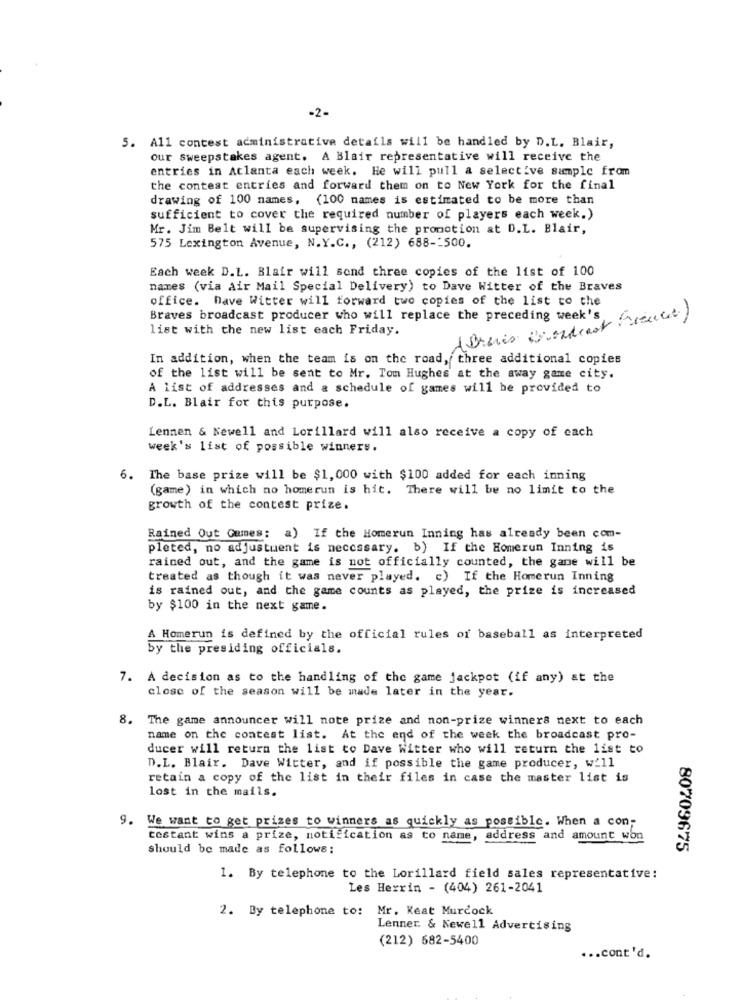
-2-
5. All contest administrative details will be handled by D.L. Blair,
our sweepstakes agent. A Blair representative will receive the
entries in Atlanta each week. He will pull a selective sample from
the contest entries and forward them on to New York for the final
drawing of 100 names. (100 names is estimated to be more than
sufficient to cover the required number of players each week.)
Mr. Jim Belt will be supervising the promotion &t D.L. Blair,
575 Lexington Avenue, N.Y.C ., (212) 688 -- 500.
Each week D.L. Blair will send three copies of the list of 100
names (via air Mail Special Delivery) to Dave Witter of the Braves
office. Dave Witter will forward two copies of the list to the
Braves broadcast producer who will replace the preceding week's
list with the new list each Friday.
In addition, when the team is on the road, three additional copies
of the list will be sent to Mr. Tom Hughes at the away game city.
A list of addresses and a schedule of games will be provided to
D.L. Blair for this purpose.
Lennen & Newell and Lorillard will also receive a copy of each
week's list of possible winners.
6.
The base prize will be $1, 000 with $100 added for each inning
(game) in which no homerun is hit. There will be no limit to the
growth of the contest prize.
Rained Out Games:
a) If the Homerun Inning has already been com-
pleted, no adjustment is necessary. b) If the Homerun Inning is
rained out, and the game is not officially counted, the game will be
treated as though it was never played. c) If the Homerun Inning
is rained out, and the game counts as played, the prize is increased
by $100 in the next game.
A Homerun is defined by the official rules of baseball as interpreted
by the presiding officials.
7. A decision as to the handling of the game jackpot (if any) at the
close of the season will be made later in the year.
8. The game announcer will note prize and non-prize winners next to each
name on the contest list. At the end of the week the broadcast pro-
ducer will return the list to Dave Witter who will return the list to
D.L. Blair. Dave Witter, and if possible the game producer, w211
retain a copy of the list in their files in case the master list is
lost in the mails.
9. We want to get prizes to winners as quickly as possible. When a con;
testant wins a prize, notification as to name, address and amount won
should be made as follows:
80709675
1. By telephone to the Lorillard field sales representative:
Les Herrin - (404) 261-2041
2. By telephone to: Mr. Keat Murdock
Lenner & Newell Advertising
(212) 682-5400
... cont'd.